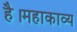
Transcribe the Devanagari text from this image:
है।महाकाव्य